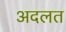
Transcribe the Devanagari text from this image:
अदलत